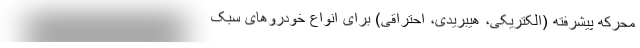
محرکه پیشرفته (الکتریکی، هیبریدی، احتراقی) برای انواع خودروهای سبک